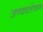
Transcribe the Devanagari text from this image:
अण्ववलोकन